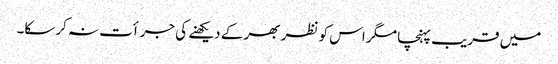
میں قریب پہنچا مگر اس کو نظر بھر کے دیکھنے کی جرأت نہ کرسکا۔